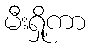
မီးရှို့ကာ